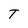
Character: T